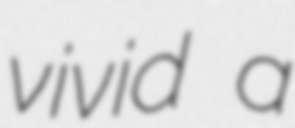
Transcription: vivid a